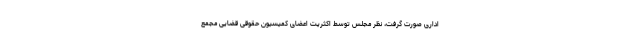
اداری صورت گرفت، نظر مجلس توسط اکثریت اعضای کمیسیون حقوقی قضایی مجمع